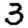
Digit: 3